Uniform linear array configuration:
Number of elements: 32
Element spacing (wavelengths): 0.75
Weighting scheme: kaiser
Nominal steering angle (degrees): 0
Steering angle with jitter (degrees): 1.968
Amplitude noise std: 0.05
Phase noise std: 0.05

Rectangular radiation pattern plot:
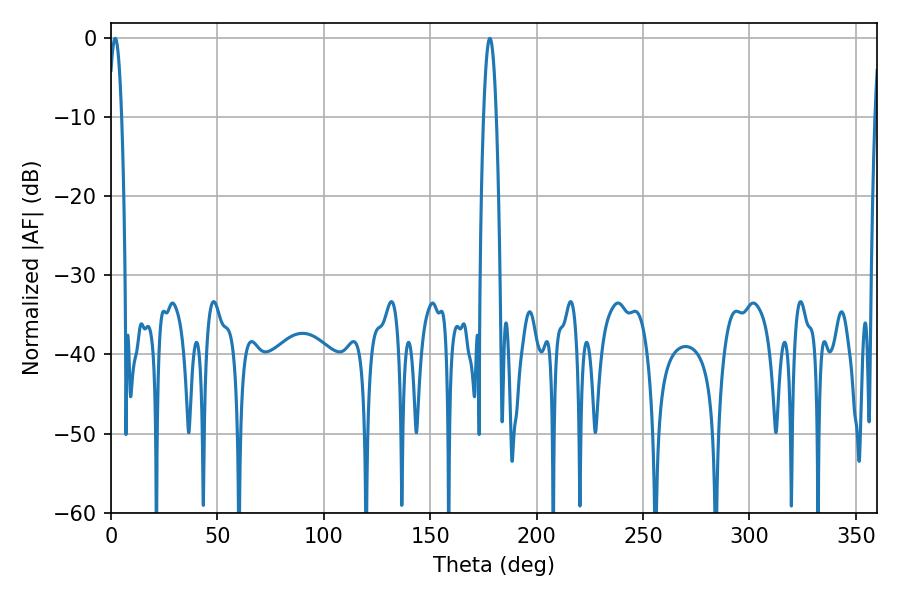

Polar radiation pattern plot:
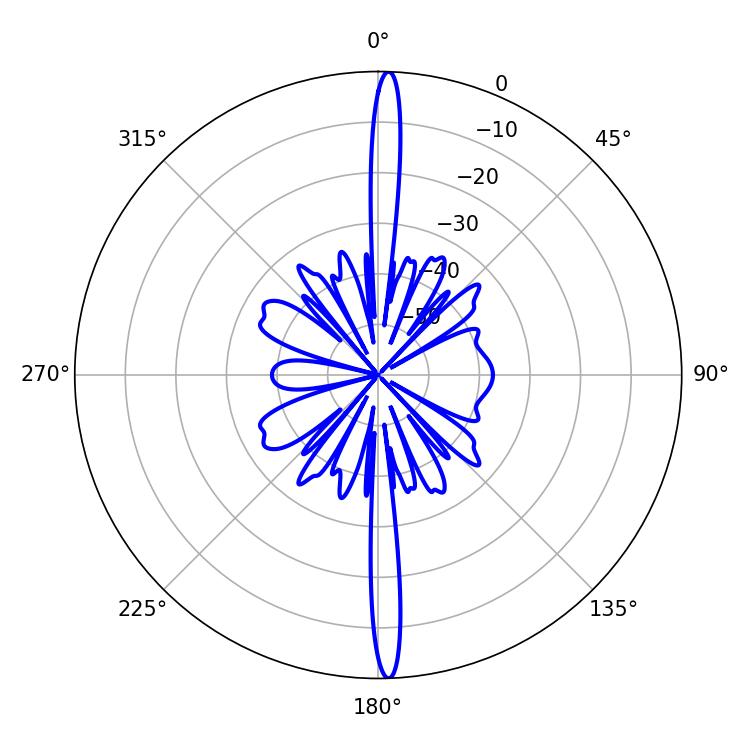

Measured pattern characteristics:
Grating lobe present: TRUE
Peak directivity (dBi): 26.699
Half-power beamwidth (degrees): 3.24
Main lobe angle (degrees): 1.98